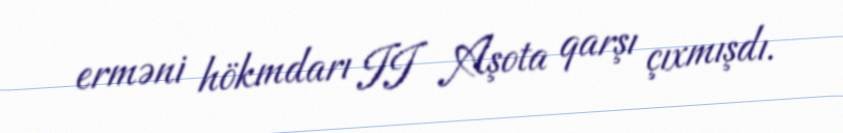
erməni hökmdarı II Aşota qarşı çıxmışdı.